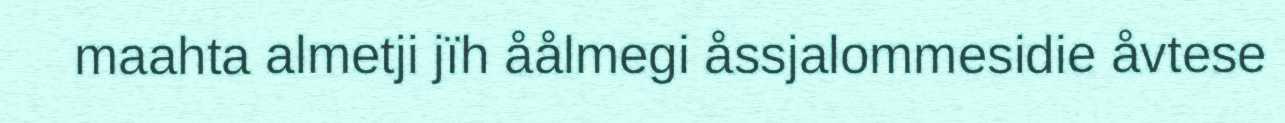
maahta almetji jïh åålmegi åssjalommesidie åvtese